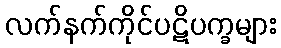
လက်နက်ကိုင်ပဋိပက္ခများ